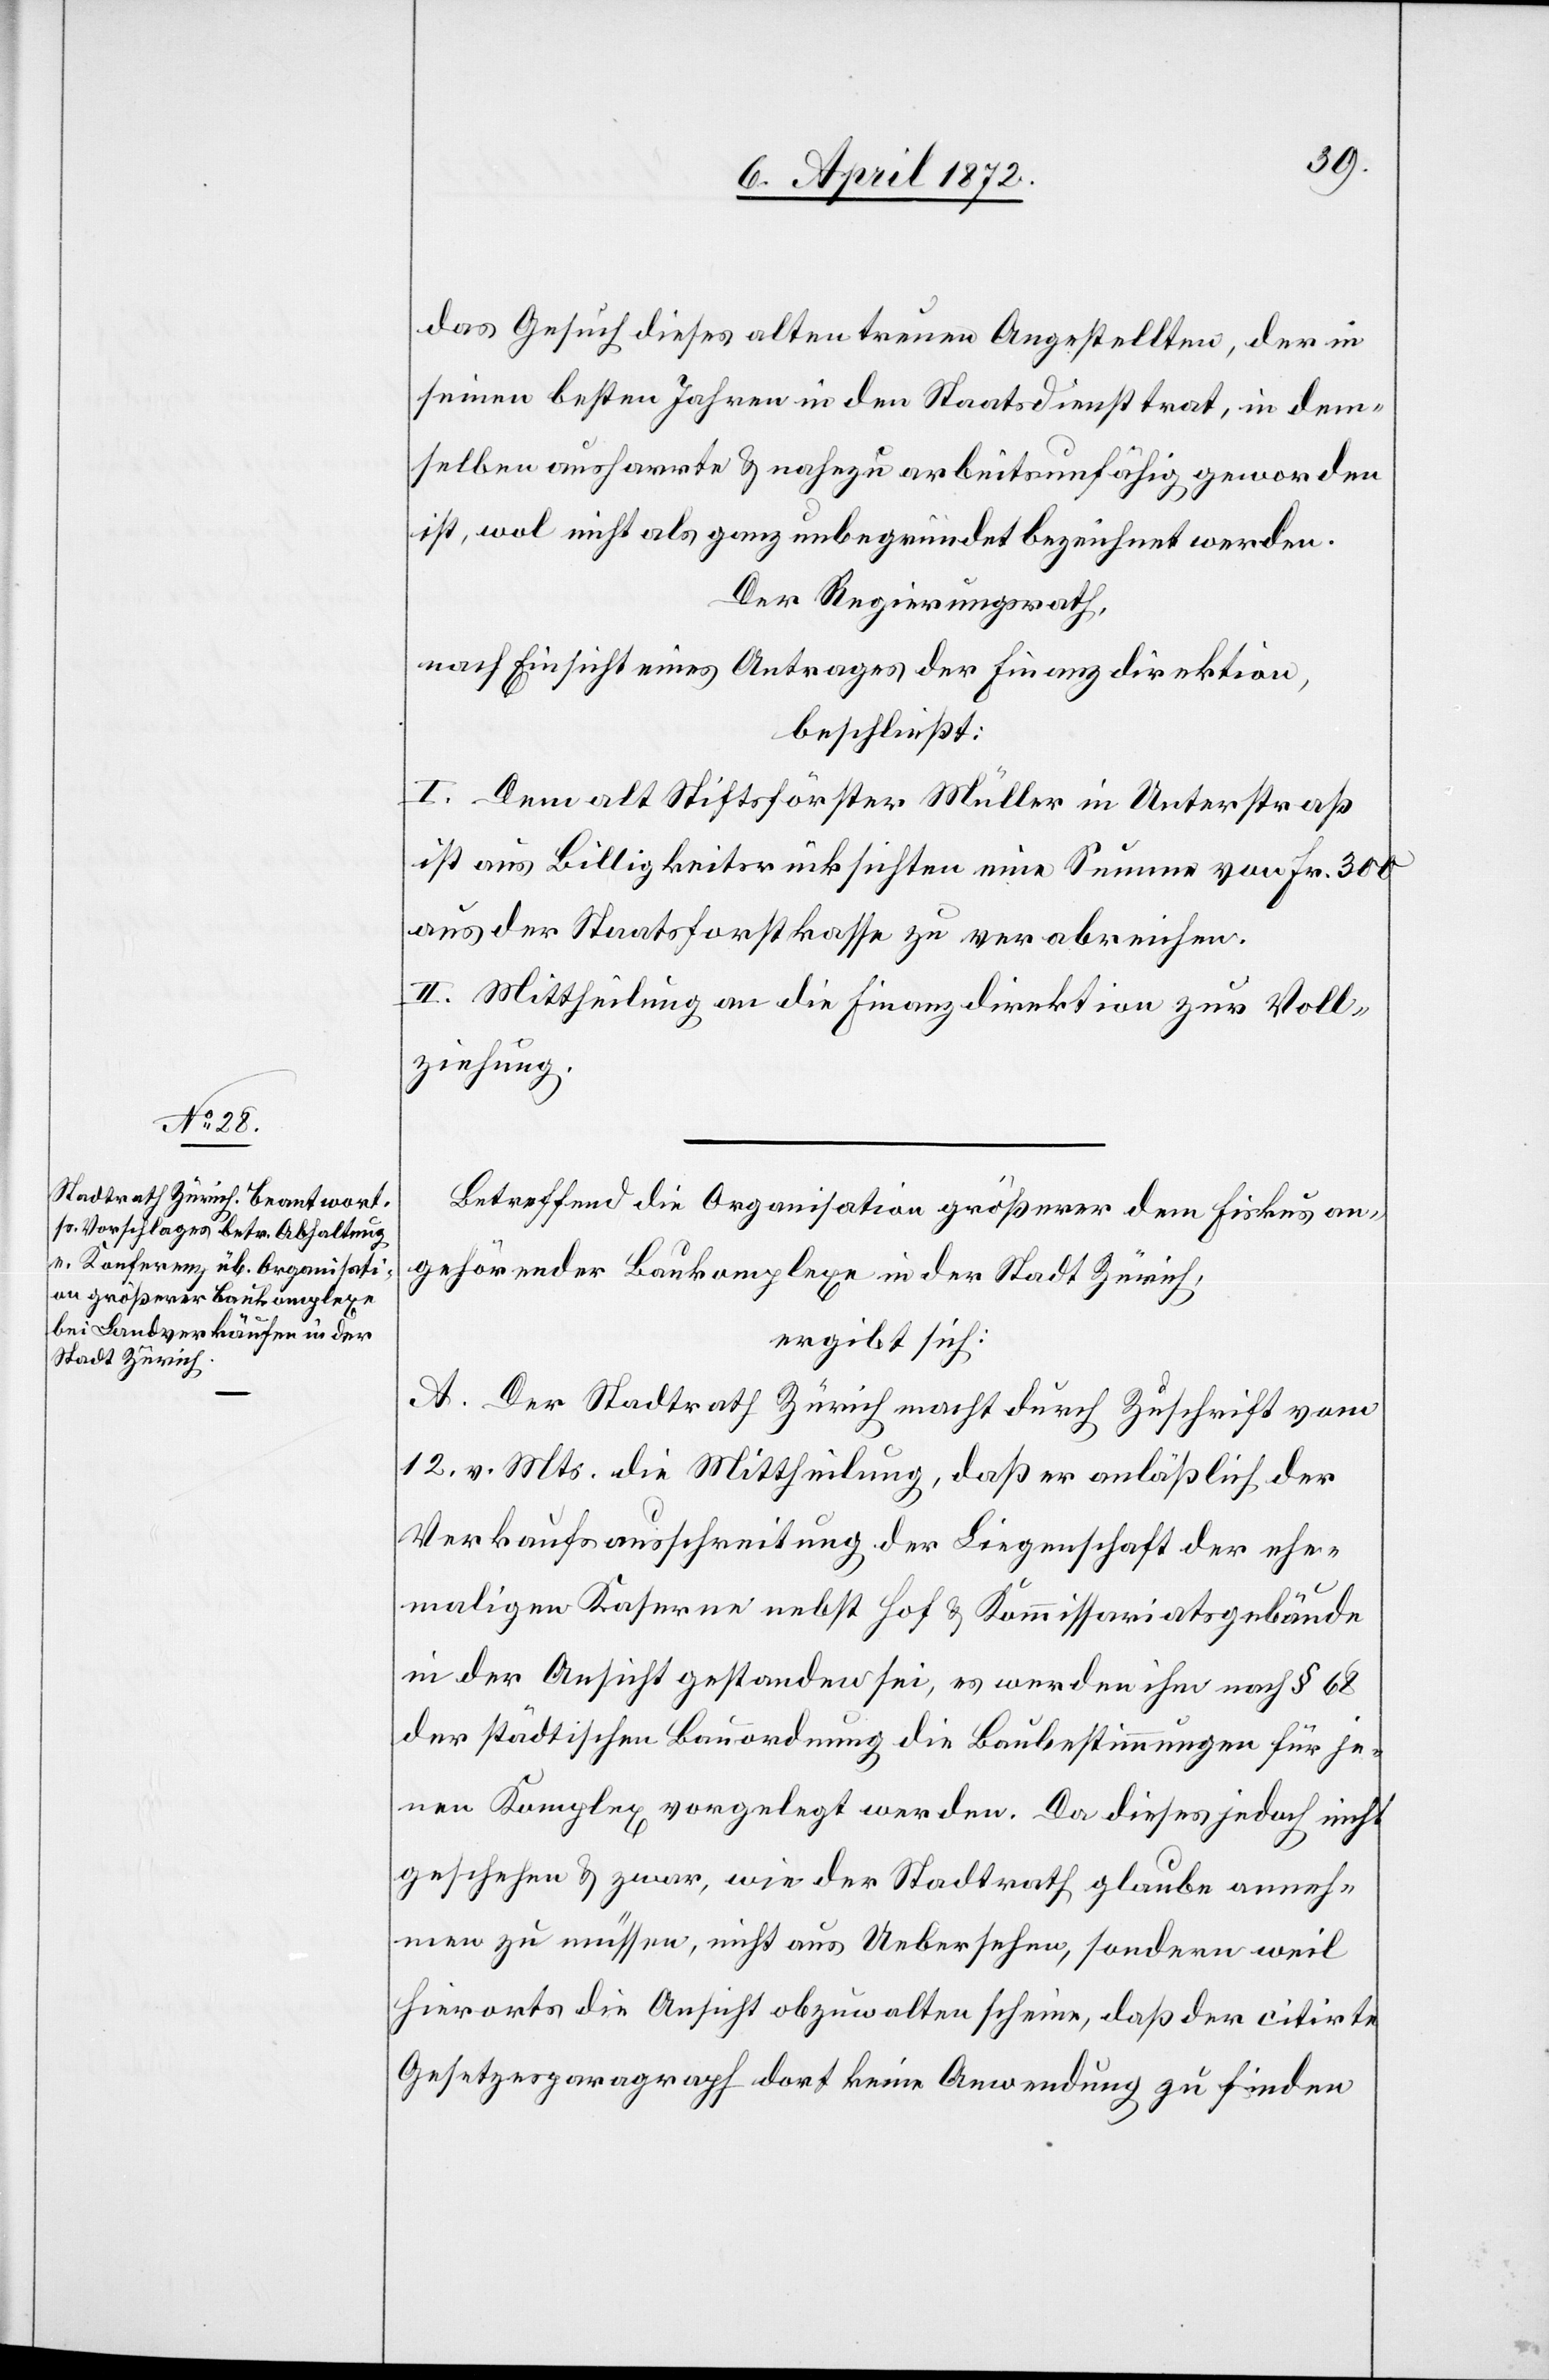
das Gesuch dieses alten treuen Angestellten, der in
seinen besten Jahren in den Staatsdienst trat, in dem¬
selben ausharrte u. nahezu arbeitsunfähig geworden
ist, wol nicht als ganz unbegründet bezeichnet werden.
Der Regierungsrath,
nach Einsicht eines Antrages der Finanzdirektion,
beschließt:
I. Dem alt Stiftsförster Müller in Unterstraß
ist aus Billigkeitsrücksichten eine Summe von Fr. 300
aus der Staatsforstkasse zu verabreichen.
II. Mittheilung an die Finanzdirektion zur Voll¬
ziehung.
Betreffend die Organisation größerer dem Fiskus an¬
gehörender Baukomplexe in der Stadt Zürich,
ergibt sich:
A. Der Stadtrath Zürich macht durch Zuschrift vom
12. v. Mts. die Mittheilung, daß er anläßlich der
Verkaufsausschreitung der Liegenschaft der ehe¬
maligen Kaserne nebst Hof u. Kommissariatsgebäude
in der Ansicht gestanden sei, es werden ihm nach § 68
der städtischen Bauordnung die Baubestimmungen für je¬
nen Komplex vorgelegt werden. Da dieses jedoch nicht
geschehen u. zwar, wie der Stadtrath glaube anneh¬
men zu müssen, nicht aus Uebersehen, sondern weil
hierorts die Ansicht obzuwalten scheine, daß der citirte
Gesetzesparagraph dort keine Anwendung zu finden